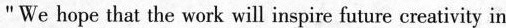
"We hope that the work will inspire future creativity in